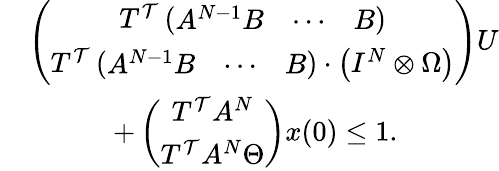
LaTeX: \begin{array}{rl}&{\left(\begin{array}{c}{T^{\mathcal{T}}\left(\begin{array}{ccc}{A^{N-1}B}&{\cdots}&{B}\end{array}\right)}\\ {T^{\mathcal{T}}\left(\begin{array}{ccc}{A^{N-1}B}&{\cdots}&{B}\end{array}\right)\cdot\left(I^{N}\otimes\Omega\right)}\end{array}\right)U}\\ &{\quad\quad\quad+\left(\begin{array}{c}{T^{\mathcal{T}}A^{N}}\\ {T^{\mathcal{T}}A^{N}\Theta}\end{array}\right)x(0)\leq 1.}\end{array}